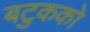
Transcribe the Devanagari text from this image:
बटुकको